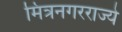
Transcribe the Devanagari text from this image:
मित्रनगरराज्ये